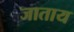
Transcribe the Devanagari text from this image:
जाताय